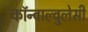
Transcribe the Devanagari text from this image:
कॉन्वाल्वुलेसी